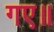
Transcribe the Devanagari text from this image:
गए॥